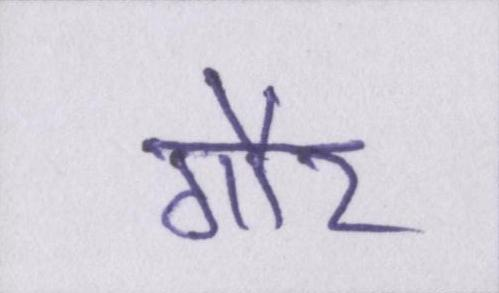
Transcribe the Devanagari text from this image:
गौर